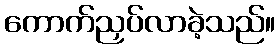
ကောက်ညှပ်လာခဲ့သည်။